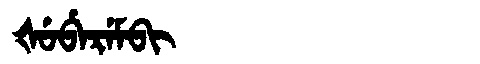
Manchu: ᡧᡠᠪᡝᡵᡝᠮᠪᡳ
Romanization: ŠUBEREMBI